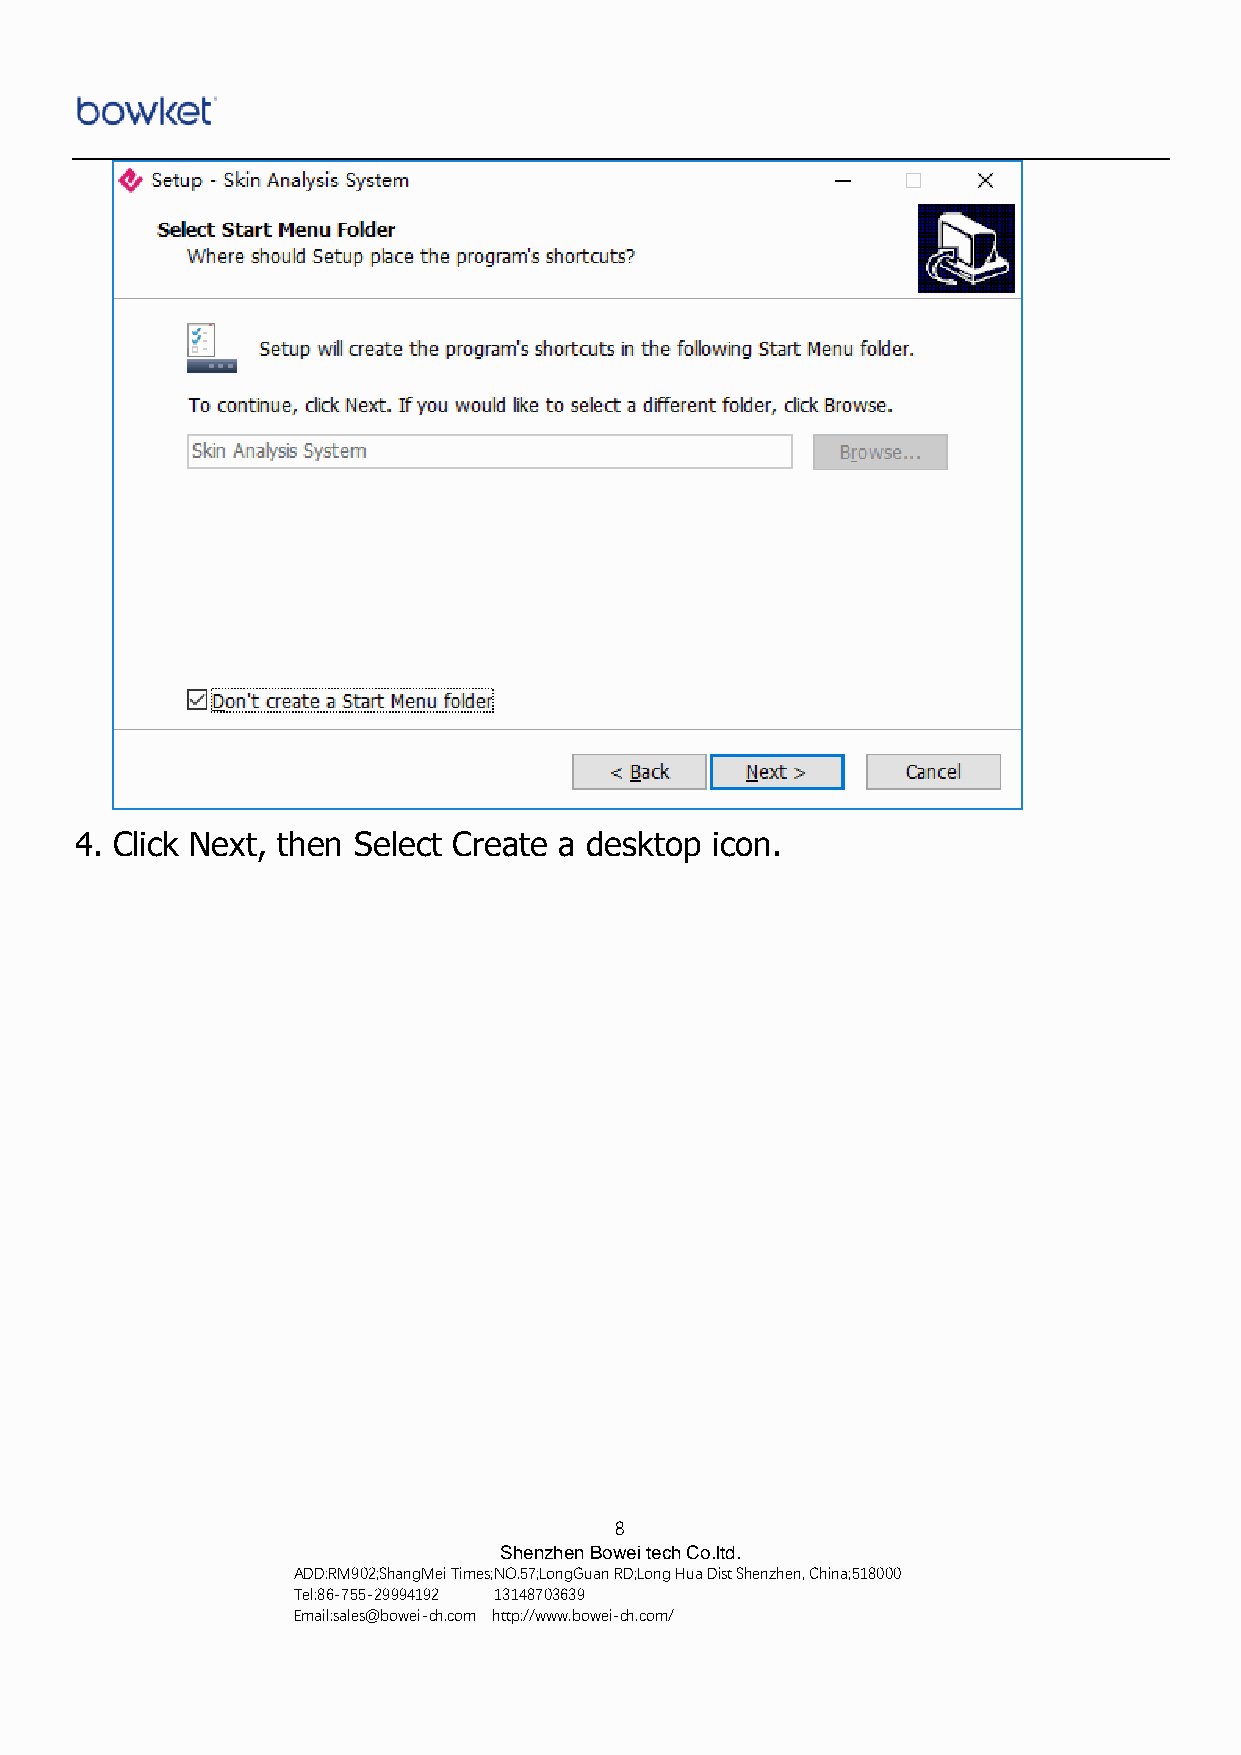
4. Click Next, then Select Create a desktop icon.
 8
 Shenzhen Bowei tech Co.ltd.
 ADD:RM902;ShangMei Times;NO.57;LongGuan RD;Long Hua Dist Shenzhen, China;518000
 Tel:86-755-29994192 13148703639
 Email:sales@bowei-ch.com http://www.bowei-ch.com/